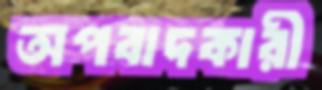
অপবাদকারী